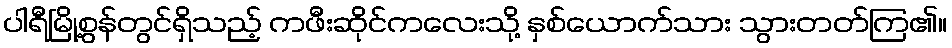
ပါရီမြို့စွန်တွင်ရှိသည့် ကဖီးဆိုင်ကလေးသို့ နှစ်ယောက်သား သွားတတ်ကြ၏။